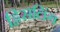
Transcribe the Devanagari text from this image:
ह्विसलिंग